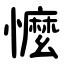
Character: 懡